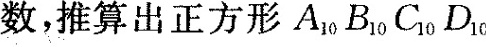
数，推算出正方形A_{10}B_{10}C_{10}D_{10}